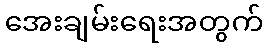
အေးချမ်းရေးအတွက်